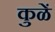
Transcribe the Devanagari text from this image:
कुळें